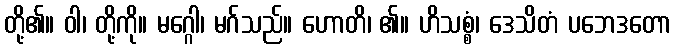
တို့၏။ ဝါ၊ တို့ကို။ မဂ္ဂေါ၊ မဂ်သည်။ ဟောတိ၊ ၏။ ဟိသစ္စံ၊ ဒေသိတံ ပဘေဒတော